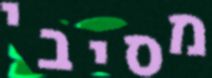
מסיבי